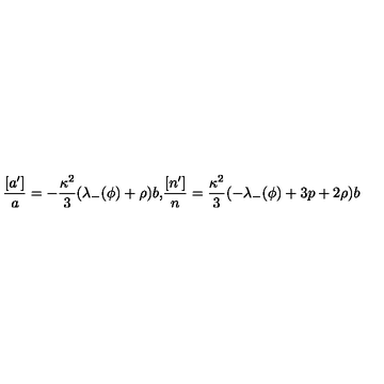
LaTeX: \frac { [ a ^ { \prime } ] } { a } = - \frac { \kappa ^ { 2 } } { 3 } ( \lambda _ { - } ( \phi ) + \rho ) b \mathrm { , } \frac { [ n ^ { \prime } ] } { n } = \frac { \kappa ^ { 2 } } { 3 } ( - \lambda _ { - } ( \phi ) + 3 p + 2 \rho ) b